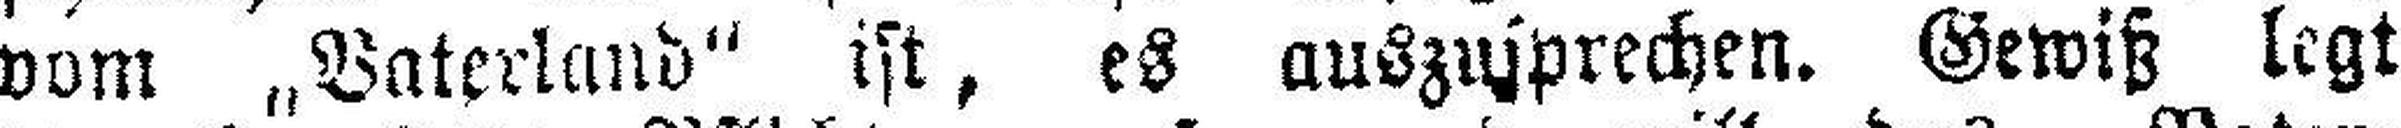
vom „Vaterland“ ist, es auszusprechen. Gewiß legt